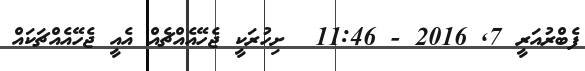
ފެބްރުއަރީ 7